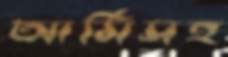
আর্মিসহ